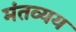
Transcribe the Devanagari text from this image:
मंतव्यय